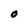
Character: 0